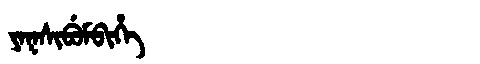
Manchu: ᠶᠠᡴᠰᡳᠪᡠᠮᠪᡳᡥᡝ
Romanization: YAKSIBUMBIHE